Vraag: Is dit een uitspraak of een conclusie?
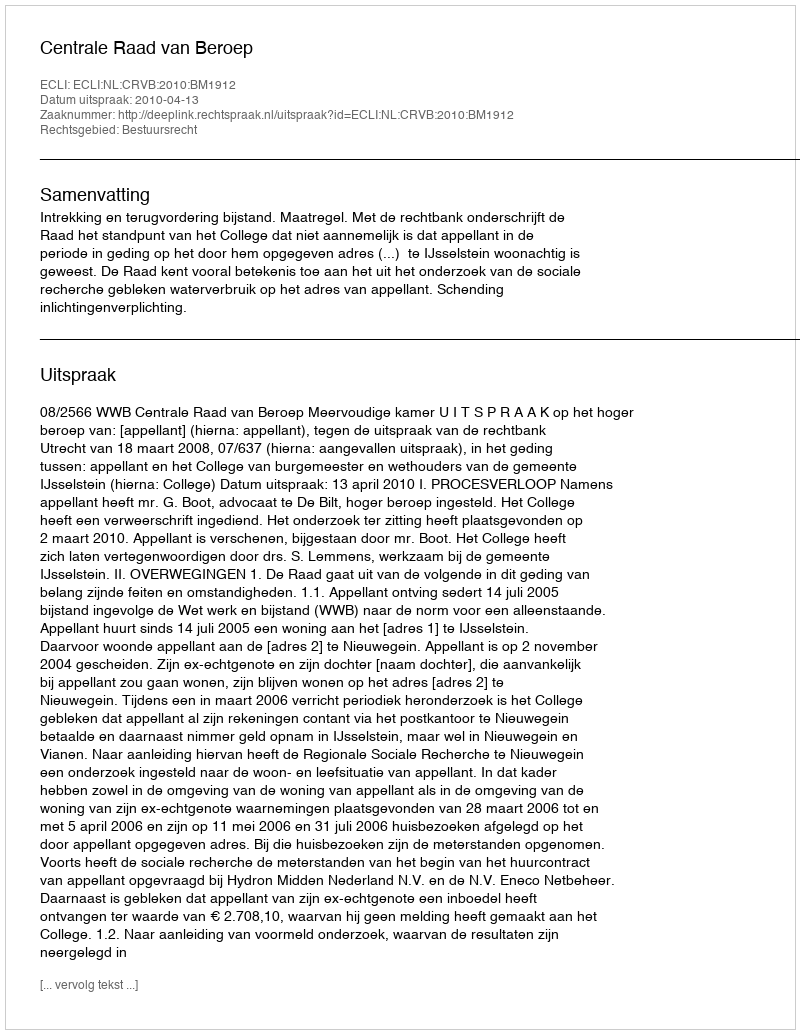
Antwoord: Uitspraak